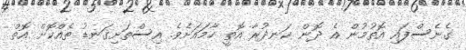
ގެނެސްފައި އޮތުމުން އެ ދޮން ކަނދުރާ އޮތީ ހާމައަށެވެ. އިސްތަށިގަނޑު ތެއްކޮށް އޮތް